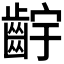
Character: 𬹷